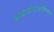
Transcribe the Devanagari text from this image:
संभाजीराजांविरुद्ध